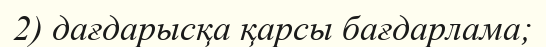
2) дағдарысқа қарсы бағдарлама;